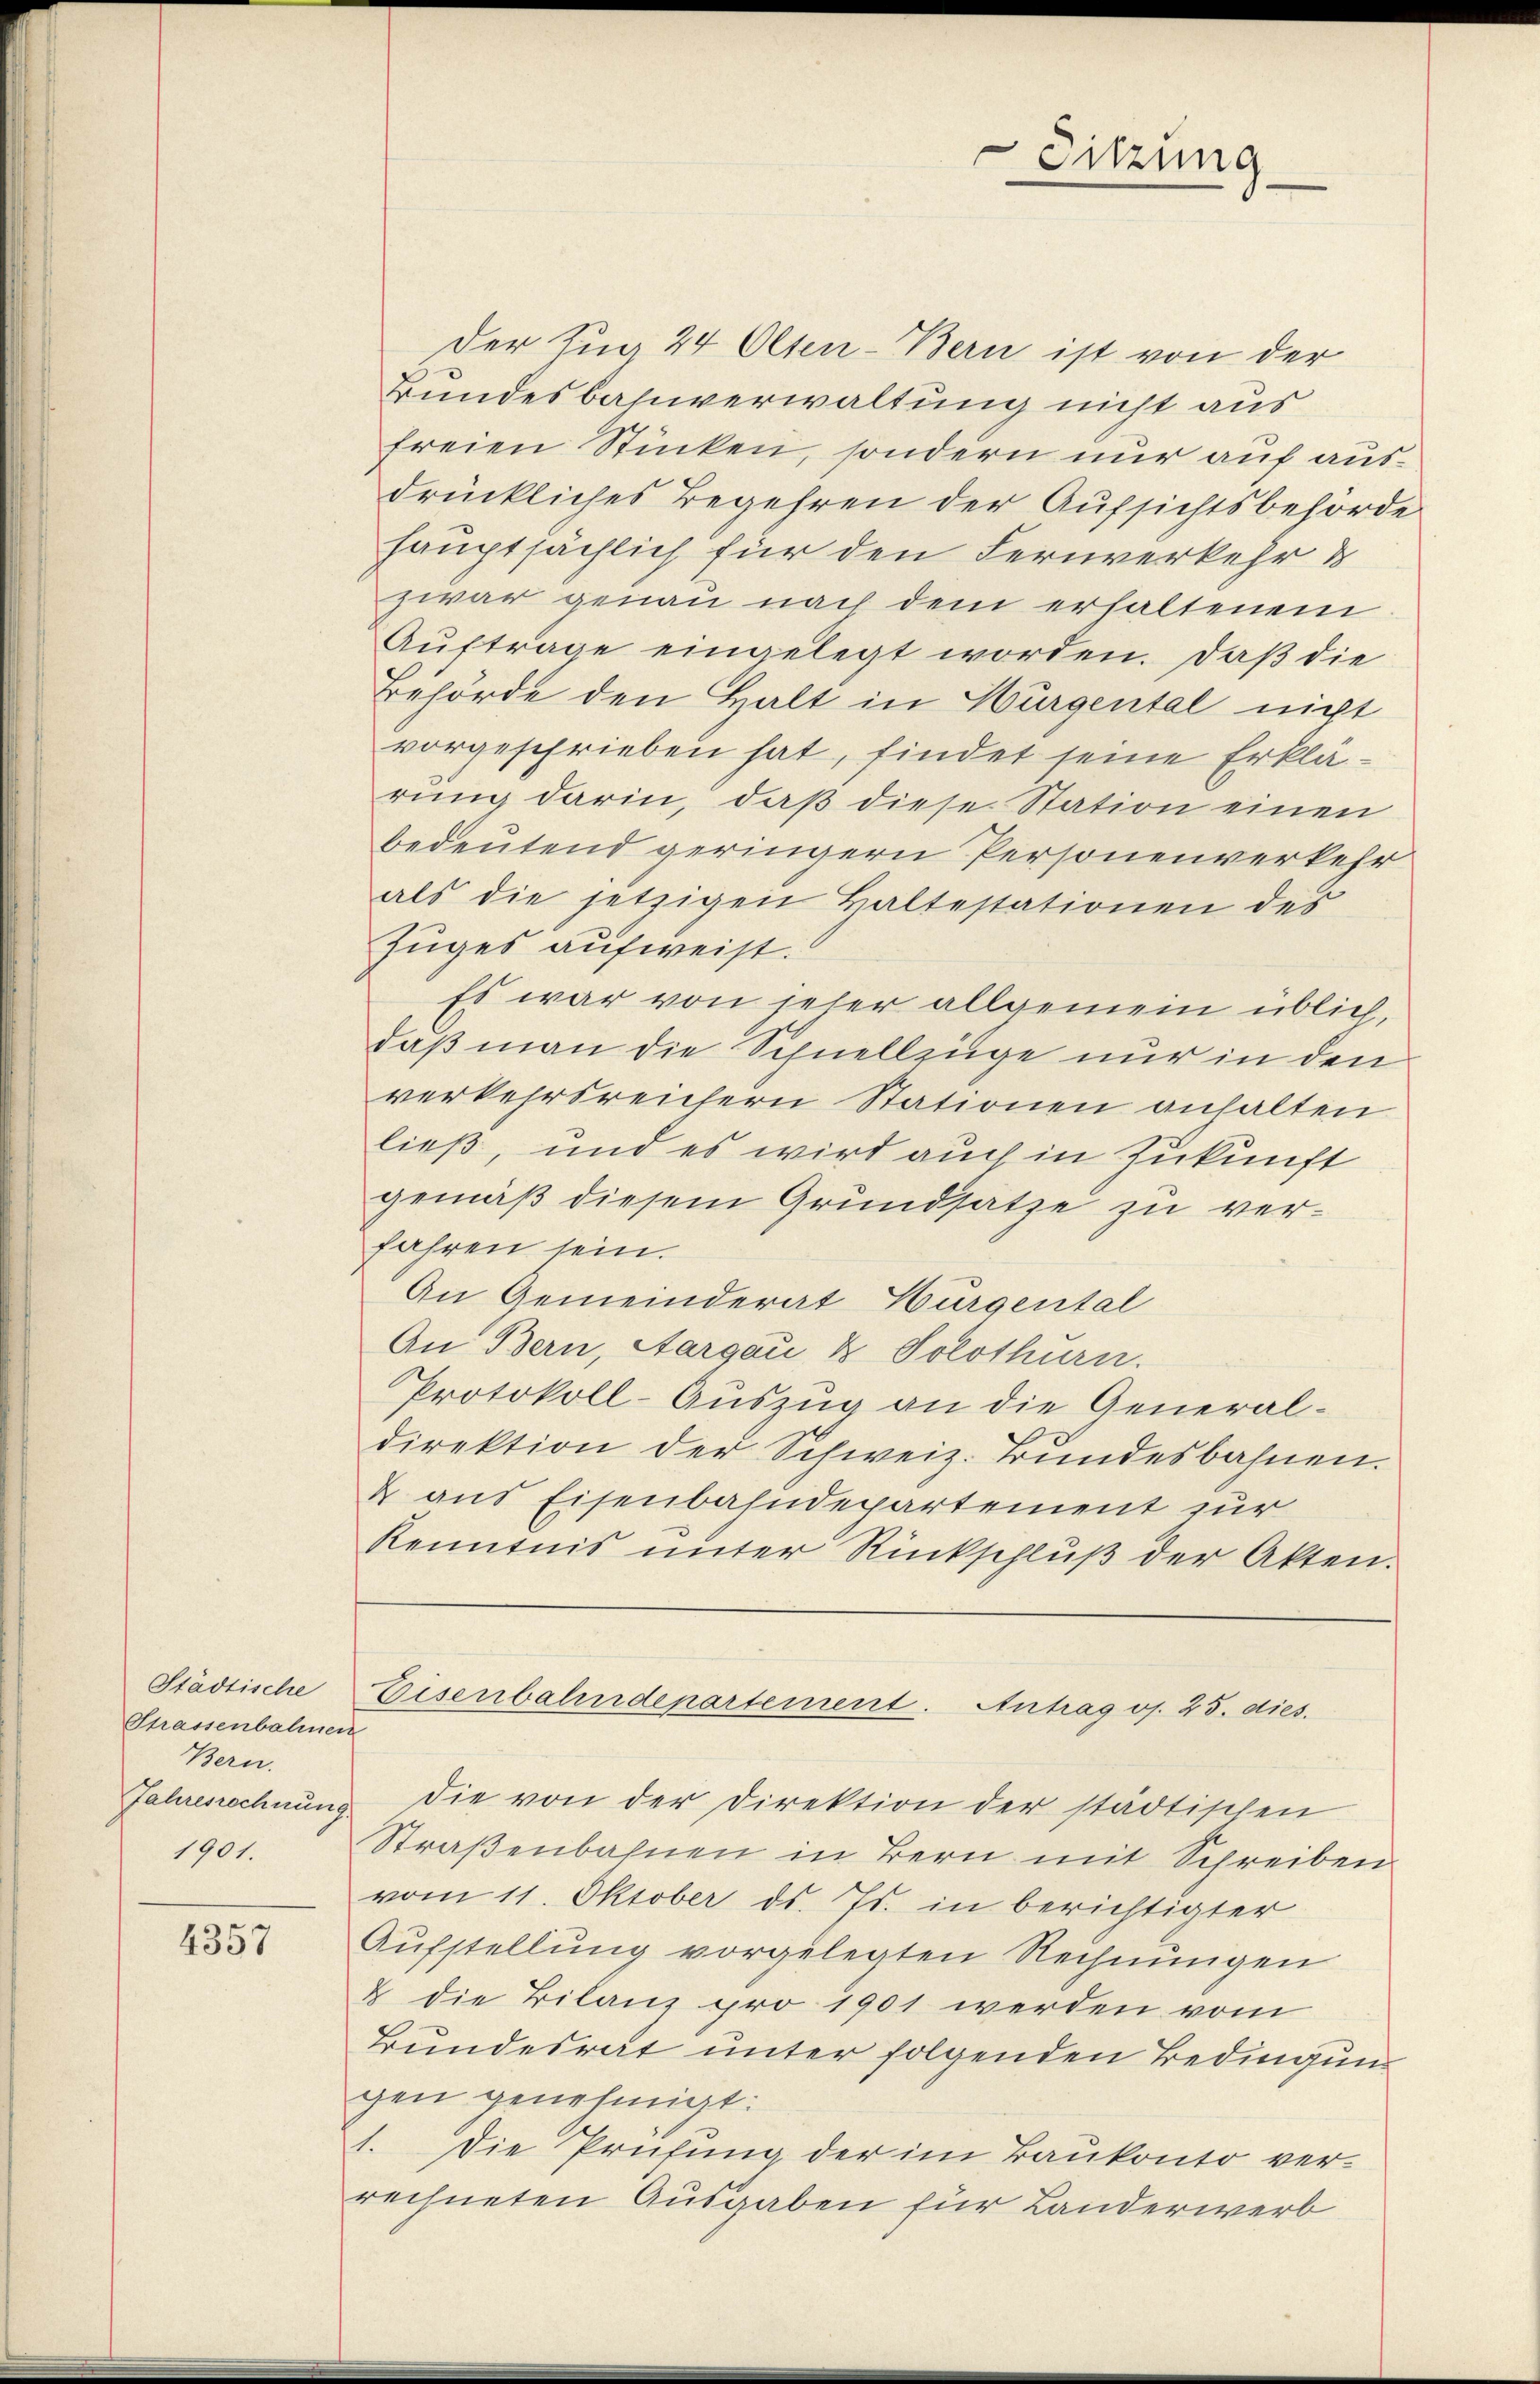
Städtische
Strassenbahnen
Bern.
Jahresrechnung
1901.

4357

Der Zug 44 Olten-Bern ist von der
Bundesbahnverwaltung nicht aus
freien Stücken, sondern nur auf ausdrückliches Begehren der Aufsichtsbehörde
hauptsächlich für den Fernverkehr &
zwar genau nach dem erhaltenem
Auftrage eingelegt worden. Daß die
Behörde den Halt in Hurgental nicht
vorgeschrieben hat, findet seine Erklärung darin, daß diese Station einen
bedeutend geringern Personenverkehr
als die jetzigen Haltestationen des
Zuges aufweist.
Es war von jeher allgemein üblich,
daß man die Schnellzüge nur in den
verkehrsreichern Stationen anhalten
ließ, und es wird auch in Zukunft
gemäß diesem Grundsatze zu verfahren sein.
An Gemeinderat Würgental
An Bern, Aargau & Solothurn.
Protokoll-Auszug an die Generaldirektion der Schweiz. Bundesbahnen.
& aus Eisenbahndepartement zur
Kenntnis unter Rückschlŭβ der Akten.

die von der Direktion der städtischen
Straßenbahnen in Bern mit Schreiben
vom 11. Oktober ds. Js. in berichtigter
Aufstellung vorgelegten Rechnungen
& die Bilanz pro 1901 werden vom
Bundesrat unter folgenden Bedingung
gen genehmigt:
1. Die Prüfung der im Baukonto verrechneten Ausgaben für Landerwerb

Sitzung
e

Eisenbahndepartement. Antrag os. 25. dies.